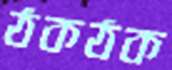
ঠকঠক